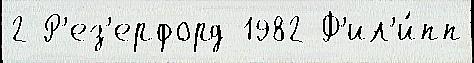
2 Р'ез'ерфорд 1982 Ф'ил'и́пп